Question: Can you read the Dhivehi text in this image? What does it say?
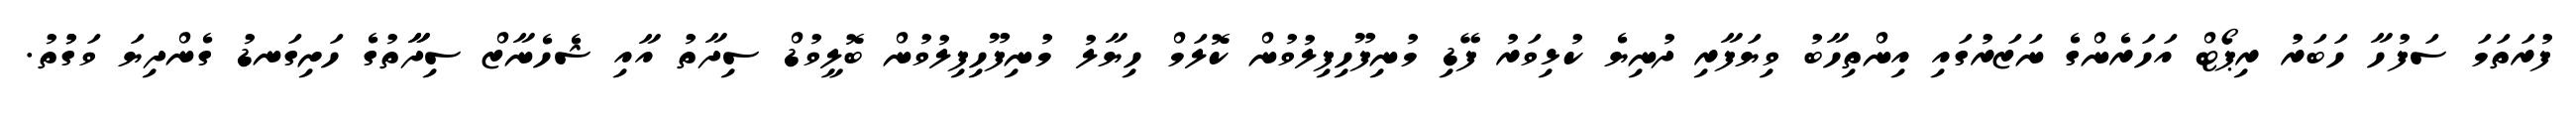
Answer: ފުރަތަމަ ސަފުހާ ހަބަރު ރިޕޯޓް އަހަރެންގެ ނަޒަރުގައި އިންތިހާބު ވިޔަފާރި ދުނިޔެ ކުޅިވަރު ފޭޑި މުނިފޫހިފިލުވުން ކޮލަމް ހިޔާލު މުނިފޫހިފިލުވުން ބޮލީވުޑް ސިދާތު އާއި ޝެހެނާޒް ސިދާާތުގެ ހަށިގަނޑު ގެންދިޔަ ވަގުުތު.